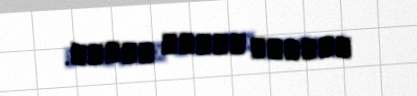
افطرت، وعلیک توكلت.